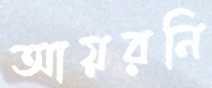
আয়রনি